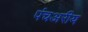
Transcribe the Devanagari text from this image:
पंचअरीय